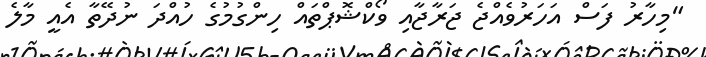
"މިހާރު ފަސް އަހަރުވެއްޖެ ޖަރާޖާއި ވޯކްޝޮޕްތައް ހިންގުމުގެ ހުއްދަ ނުދޭތާ އެއީ މާލެ